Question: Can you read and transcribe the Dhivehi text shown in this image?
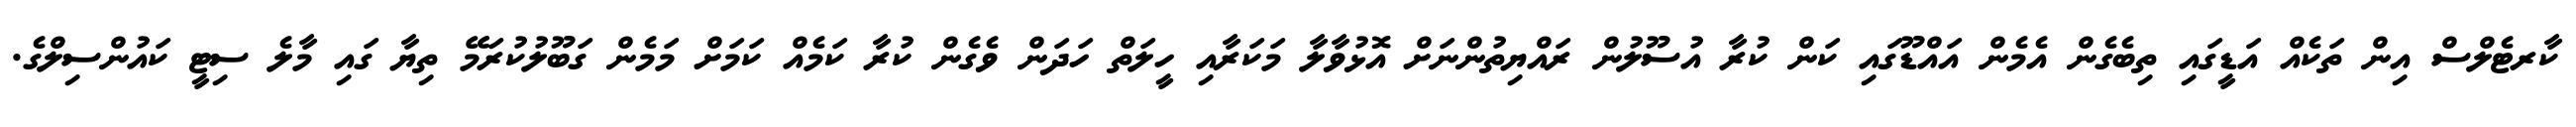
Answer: ކާރޓެލްސް އިން ތަކެއް އަޑީގައި ތިބެގެން އެމެން އައްޑޫގައި ކަން ކުރާ އުސޫލުން ރައްޔިތުންނަށް އޮޅުވާލާ މަކަރާއި ހީލަތް ހަދަން ވެގެން ކުރާ ކަމެއް ކަމަށް މަމެން ގަބޫލުކުރަމޭ ތިޔާ ގައި މާލެ ސިޓީ ކައުންސިލްގެ.